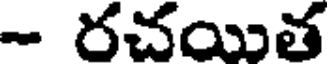
- రచయిత